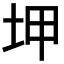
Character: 𡊠